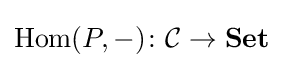
\operatorname {Hom} (P,-)\colon {\mathcal {C}}\to \mathbf {Set}